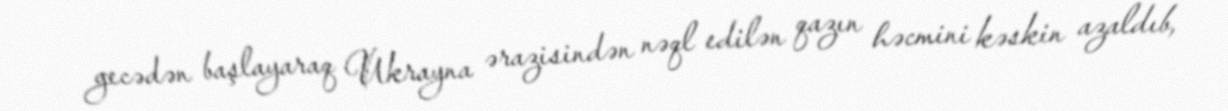
gecədən başlayaraq Ukrayna ərazisindən nəql edilən qazın həcmini kəskin azaldıb,